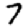
Digit: 7